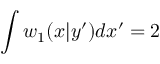
\int w _ { 1 } ( x | y ^ { \prime } ) d x ^ { \prime } = 2